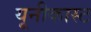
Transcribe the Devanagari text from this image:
यूनीकास्ट